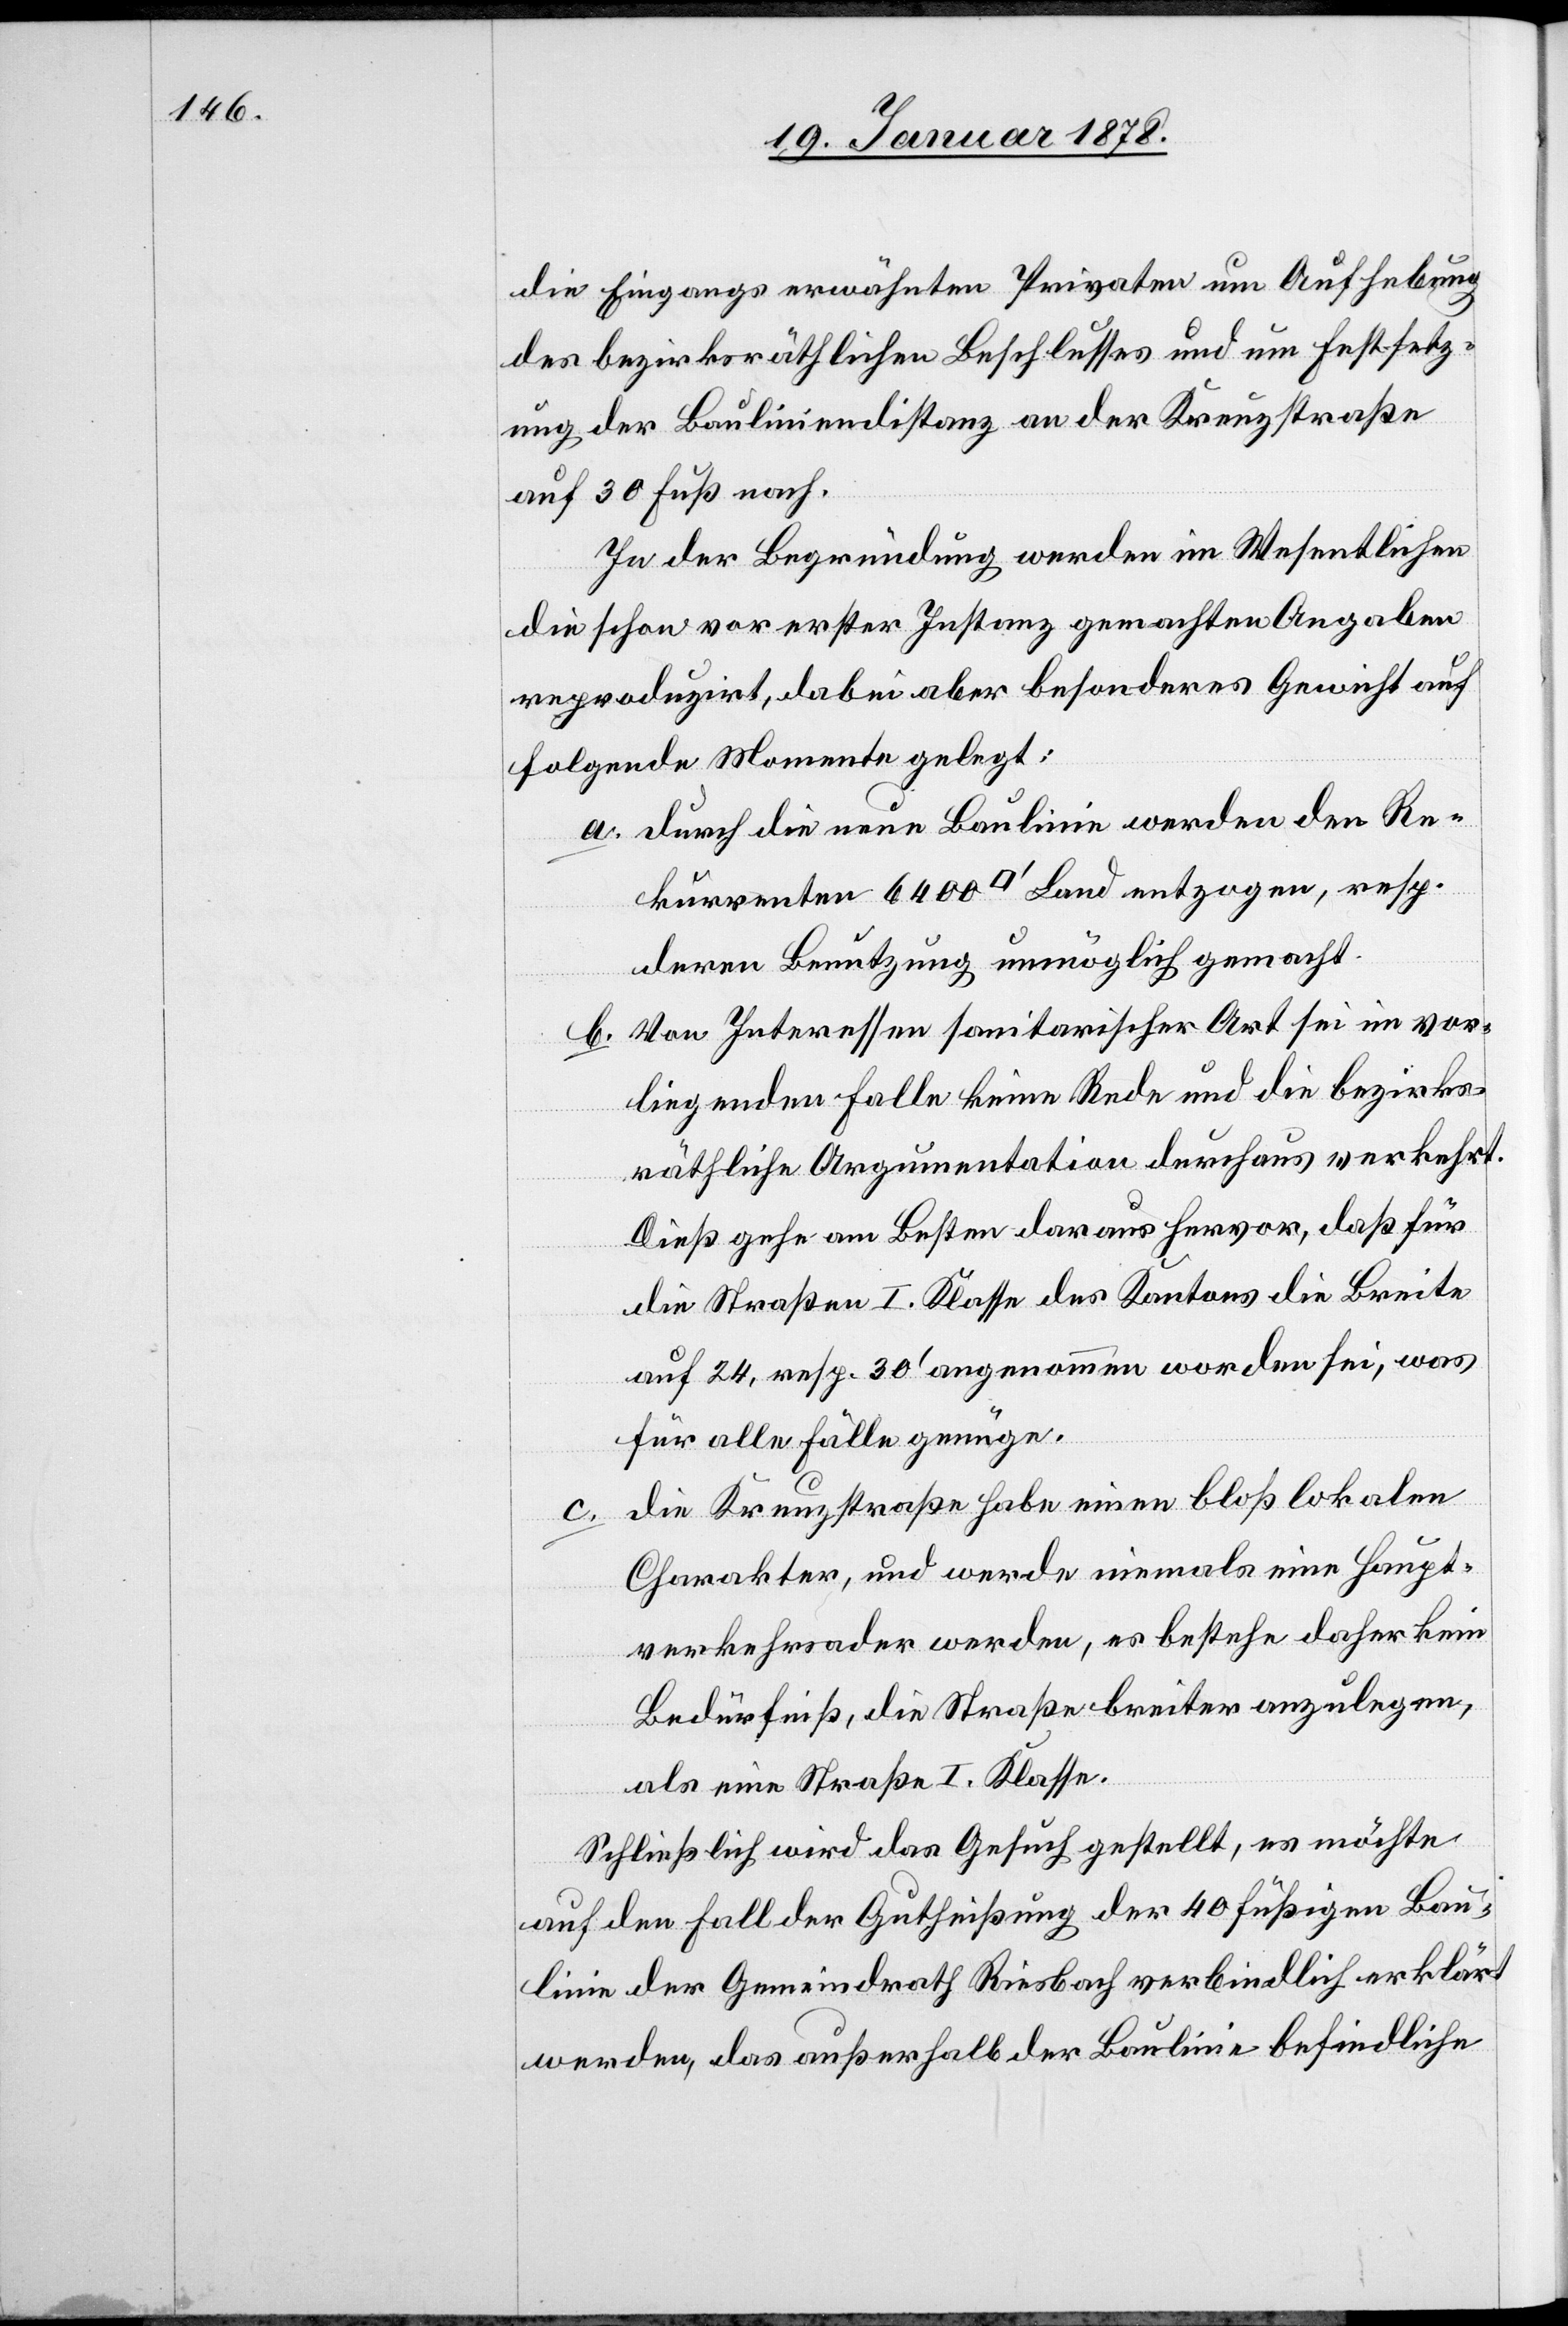
die Eingangs erwähnten Privaten um Aufhebung
des bezirksräthlichen Beschlusses und um Festsetz¬
ung der Bauliniendistanz an der Kreuzstraße
auf 30 Fuß nach.
In der Begründung werden im Wesentlichen
die schon vor erster Instanz gemachten Angaben
reproduzirt, dabei aber besonderes Gewicht auf
folgende Momente gelegt:
a. durch die neue Baulinie werden den Re¬
kurrenten 6400 [Quadratfuß] Land entzogen, resp.
deren Benutzung unmöglich gemacht.
b. Von Interessen sanitarischer Art sei im vor¬
liegenden Falle keine Rede und die bezirks¬
räthliche Argumentation durchaus verkehrt.
Dieß gehe am Besten daraus hervor, daß für
die Straßen I. Klasse des Kantons die Breite
auf 24, resp. 30’ angenommen worden sei, was
für alle Fälle genüge.
die Kreuzstraße habe einen bloß lokalen
Charakter, und werde niemals eine Haupt¬
verkehrsader werden, es bestehe daher kein
Bedürfniß, die Straße breiter anzulegen,
als eine Straße I. Klasse.
Schließlich wird das Gesuch gestellt, es möchte
auf den Fall der Gutheißung der 40 fußigen Bau¬
linie der Gemeindrath Riesbach verblindlich erklärt
werden, das außerhalb der Baulinie befindliche